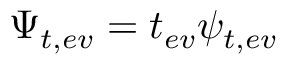
\Psi _ { t , e v } = t _ { e v } \psi _ { t , e v }